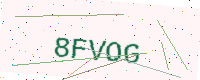
Text: 8FVOG